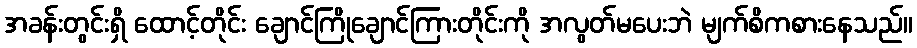
အခန်းတွင်းရှိ ထောင့်တိုင်း ချောင်ကြိုချောင်ကြားတိုင်းကို အလွတ်မပေးဘဲ မျက်စိကစားနေသည်။